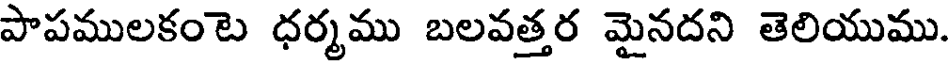
పాపములకంటె ధర్మము బలవత్తర మైనదని తెలియుము.